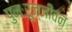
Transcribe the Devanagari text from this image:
पुनःरूज्जीवन